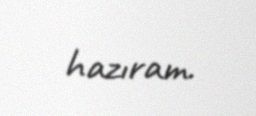
hazıram.